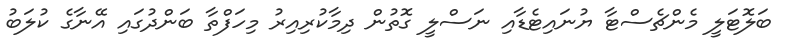
ބަލޮޓަލީ މެންޗެސްޓާ ޔުނައިޓެޑާއި ނަސްލީ ގޮތުން ދިމާކުރިއިރު މިހަފްތާ ބަންދުގައި އޭނާގެ ކުލަބު